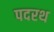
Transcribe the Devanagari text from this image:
पदरथ